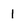
Character: 1